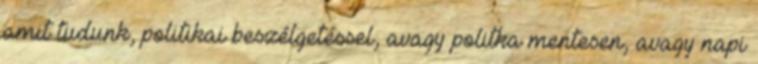
amit tudunk, politikai beszélgetéssel, avagy politka mentesen, avagy napi